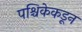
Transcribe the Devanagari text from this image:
पश्चिकेकडून